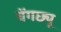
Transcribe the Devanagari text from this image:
चेंगछ्यू